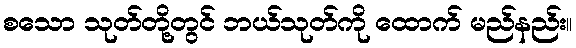
စသော သုတ်တို့တွင် ဘယ်သုတ်ကို ထောက် မည်နည်း။